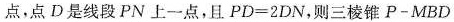
点，点D是线段PN上一点，且$$P D = 2 D N$$，则三棱锥P-MBD